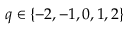
q \in \{ - 2 , - 1 , 0 , 1 , 2 \}